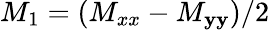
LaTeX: M_{1}=(M_{xx}-M_{\mathbf{y}\mathbf{y}})/2